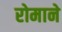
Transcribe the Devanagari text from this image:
रोमाने